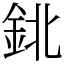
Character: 鉳